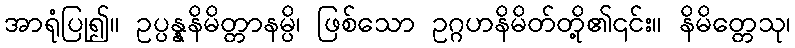
အာရုံပြု၍။ ဥပ္ပန္နနိမိတ္တာနမ္ပိ၊ ဖြစ်သော ဥဂ္ဂဟနိမိတ်တို့၏၎င်း။ နိမိတ္တေသု၊